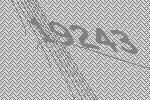
19243